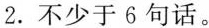
2. 不少于6句话。